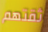
ثقتهم